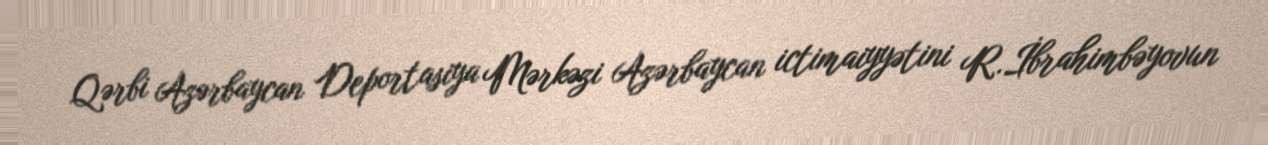
Qərbi Azərbaycan Deportasiya Mərkəzi Azərbaycan ictimaiyyətini R.İbrahimbəyovun